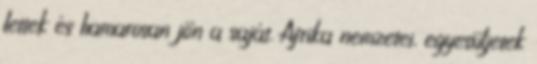
lettek és hamarosan jön a saját. Afrika nemzetei, egyesüljetek